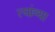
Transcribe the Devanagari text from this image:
त्यांव्या